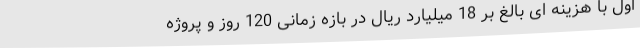
اول با هزینه ای بالغ بر 18 میلیارد ریال در بازه زمانی 120 روز و پروژه